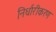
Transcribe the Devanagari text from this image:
निर्धारीकरण